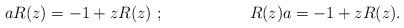
LaTeX: \begin{align*} aR(z)&=-1+zR(z)\ ;\quad& R(z)a&=- 1+zR(z).\end{align*}